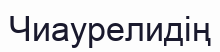
Чиаурелидің